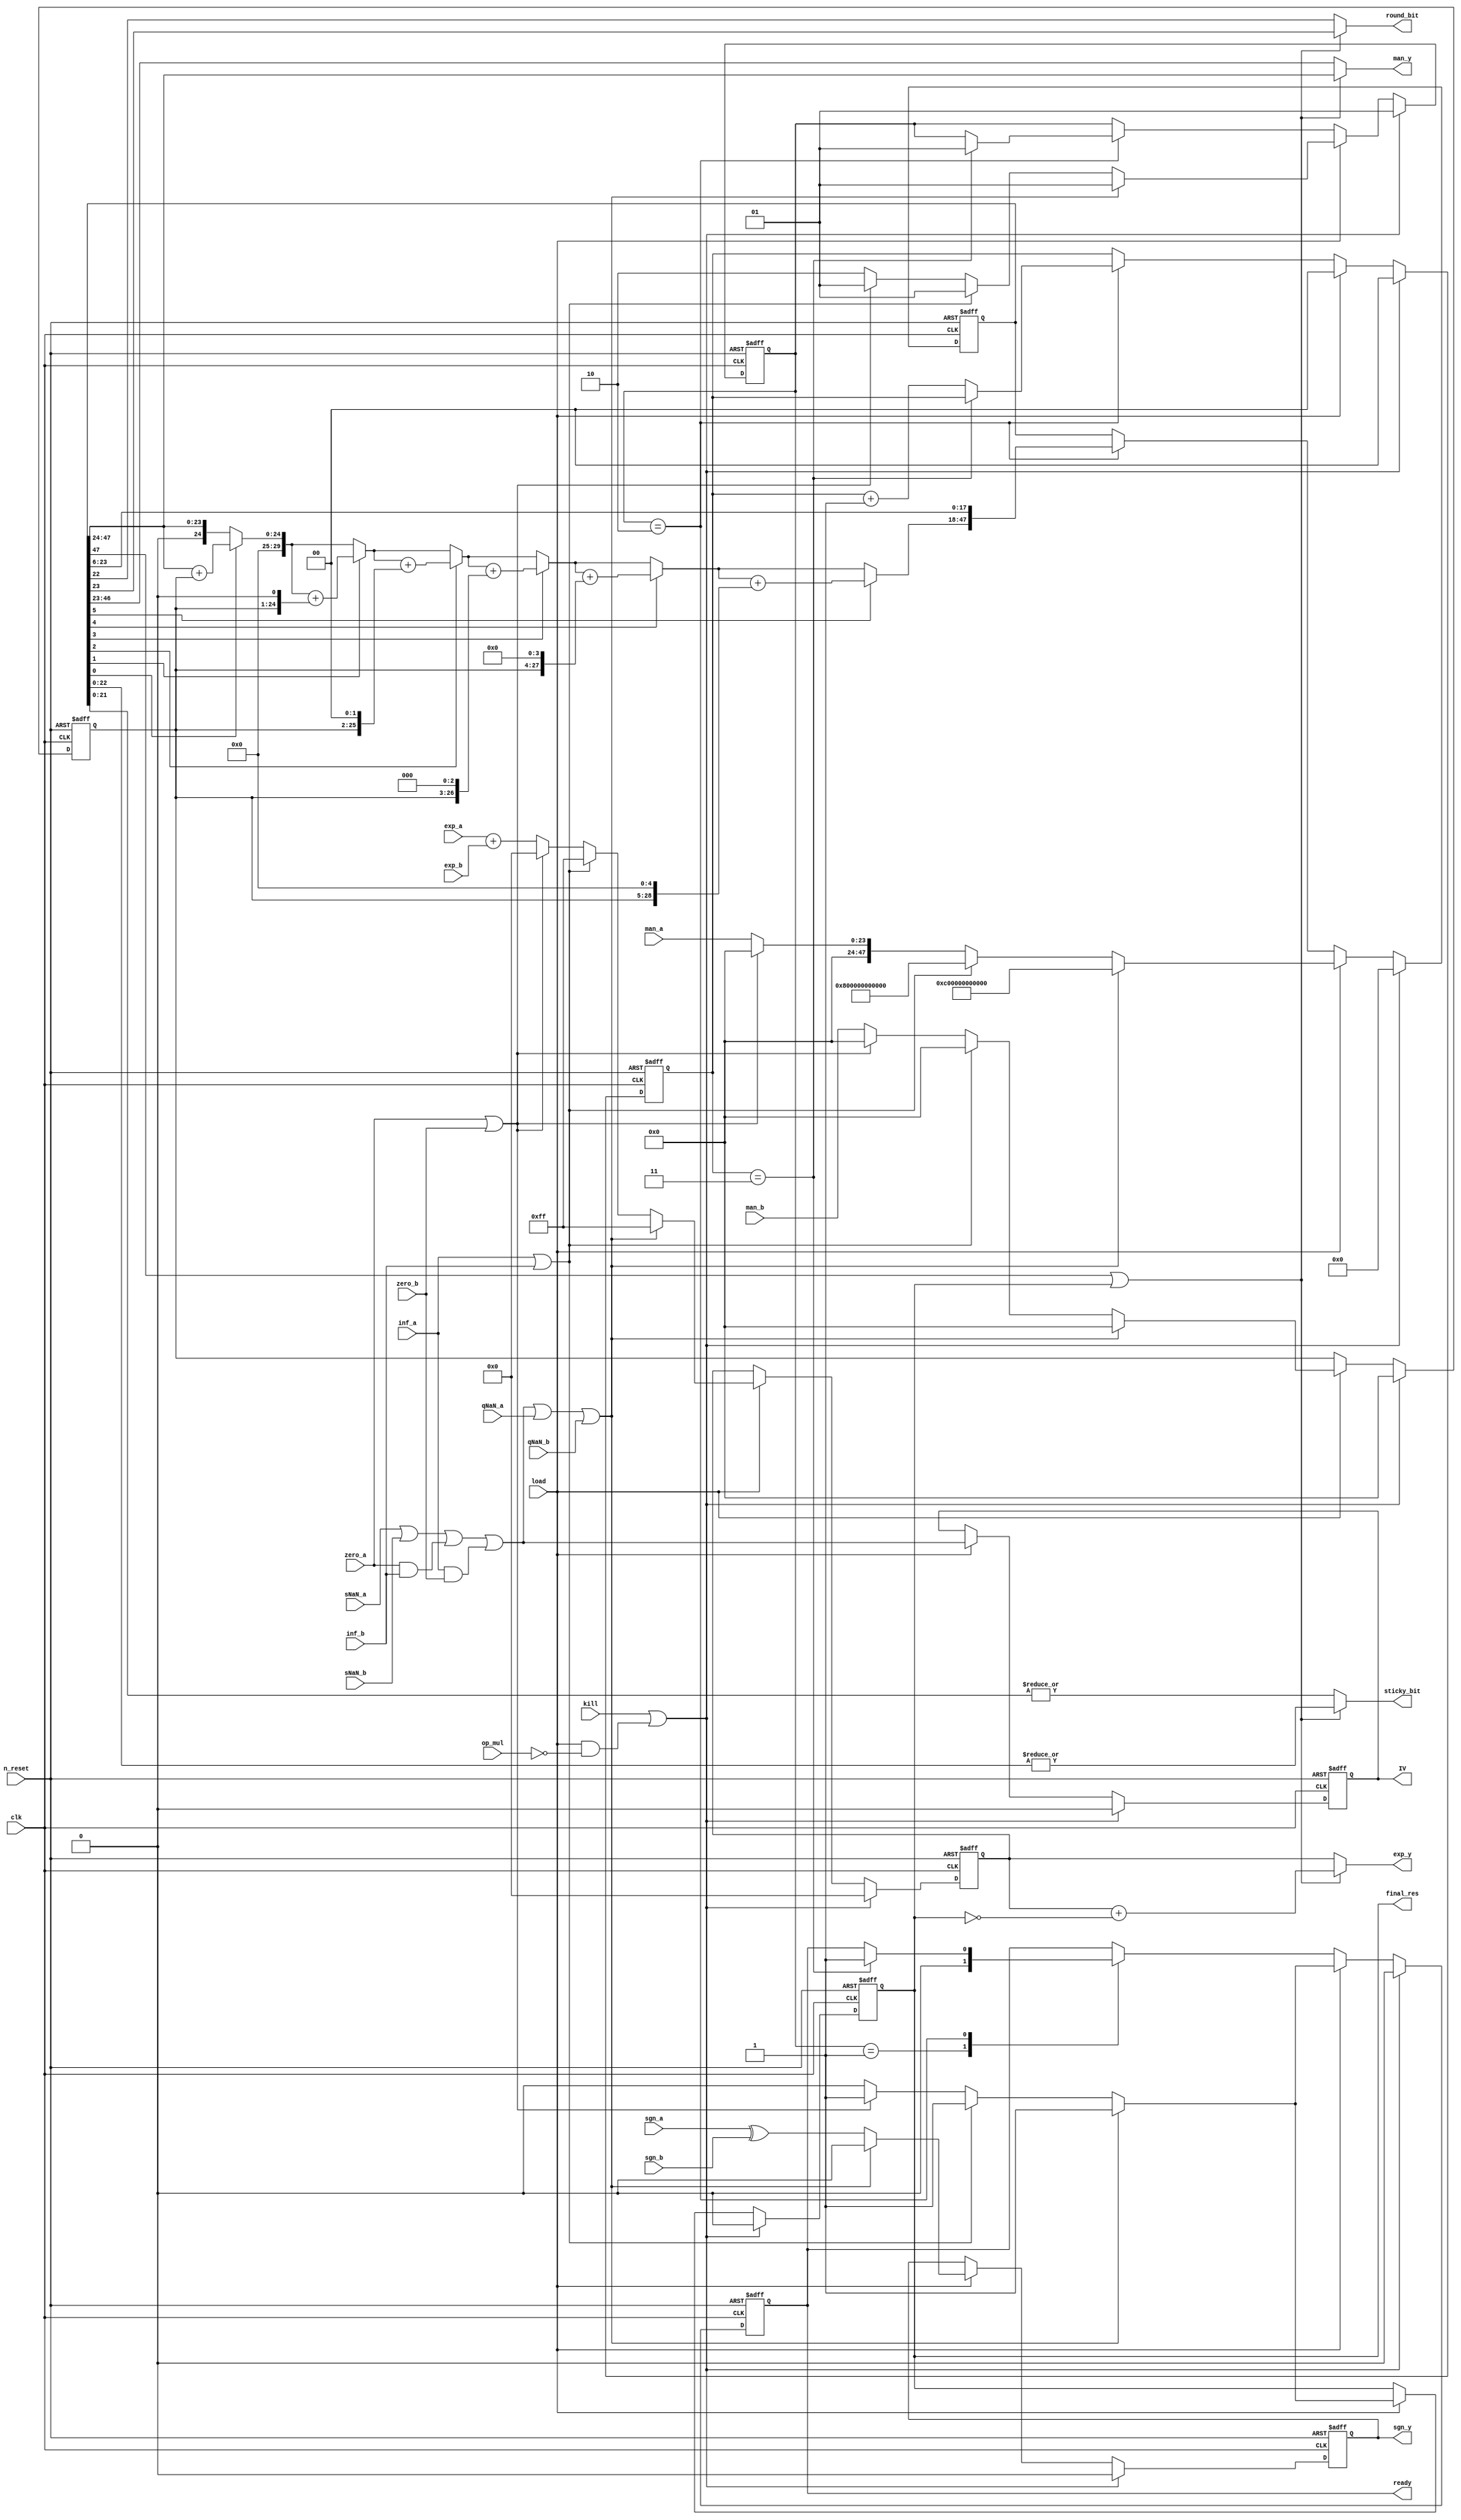
//
// Copyright 2022 FRAUNHOFER INSTITUTE OF MICROELECTRONIC CIRCUITS AND SYSTEMS (IMS), DUISBURG, GERMANY.
// --- All rights reserved --- 
// SPDX-License-Identifier: Apache-2.0 WITH SHL-2.1
// Licensed under the Solderpad Hardware License v 2.1 (the "License");
// you may not use this file except in compliance with the License, or, at your option, the Apache License version 2.0.
// You may obtain a copy of the License at
// https://solderpad.org/licenses/SHL-2.1/
// Unless required by applicable law or agreed to in writing, any work distributed under the License is distributed on an "AS IS" BASIS,
// WITHOUT WARRANTIES OR CONDITIONS OF ANY KIND, either express or implied.
// See the License for the specific language governing permissions and limitations under the License.
//

module airi5c_float_multiplier
(
    input               clk,
    input               n_reset,
    input               kill,
    input               load,

    input               op_mul,

    input       [23:0]  man_a,
    input       [9:0]   exp_a,
    input               sgn_a,
    input               zero_a,
    input               inf_a,
    input               sNaN_a,
    input               qNaN_a,

    input       [23:0]  man_b,
    input       [9:0]   exp_b,
    input               sgn_b,
    input               zero_b,
    input               inf_b,
    input               sNaN_b,
    input               qNaN_b,

    output  reg [23:0]  man_y,
    output  reg [9:0]   exp_y,
    output  reg         sgn_y,

    output  reg         round_bit,
    output  reg         sticky_bit,

    output  reg         IV,

    output  reg         final_res,
    output  reg         ready
);

    reg     [23:0]  reg_man_b;
    reg     [47:0]  reg_res;
    reg     [9:0]   reg_exp_y;
    reg             reg_sgn_y;
    reg     [1:0]   counter;

    wire            IV_int;

    reg     [29:0]  acc;
    integer         i;

    reg     [1:0]   state;

    localparam      IDLE    = 2'b01,
                    CALC    = 2'b10;

    assign          IV_int  = sNaN_a || sNaN_b || (zero_a && inf_b) || (inf_a && zero_b);

    always @(*) begin
        if (reg_res[47] || final_res) begin
            sgn_y       = reg_sgn_y;
            exp_y       = reg_exp_y + !final_res;
            man_y       = reg_res[47:24];
            round_bit   = reg_res[23];
            sticky_bit  = |reg_res[22:0];
        end

        else begin
            sgn_y       = reg_sgn_y;
            exp_y       = reg_exp_y;
            man_y       = reg_res[46:23];
            round_bit   = reg_res[22];
            sticky_bit  = |reg_res[21:0];
        end
    end

    always @(posedge clk, negedge n_reset) begin
        if (!n_reset) begin
            reg_man_b   <= 24'h000000;
            reg_res     <= 48'h000000000000;
            reg_exp_y   <= 10'h000;
            reg_sgn_y   <= 1'b0;
            IV          <= 1'b0;
            counter     <= 2'd0;
            final_res   <= 1'b0;
            state       <= IDLE;
            ready       <= 1'b0;
        end

        else if (kill || (load && !op_mul)) begin
            reg_man_b   <= 24'h000000;
            reg_res     <= 48'h000000000000;
            reg_exp_y   <= 10'h000;
            reg_sgn_y   <= 1'b0;
            IV          <= 1'b0;
            counter     <= 2'd0;
            final_res   <= 1'b0;
            state       <= IDLE;
            ready       <= 1'b0;
        end

        else if (load) begin
            IV          <= IV_int;
            counter     <= 2'd0;
            // NaN
            if (IV_int || qNaN_a || qNaN_b) begin
                reg_man_b   <= 24'h000000;
                reg_res     <= {24'hc00000, 24'h000000};
                reg_exp_y   <= 10'h0ff;
                reg_sgn_y   <= 1'b0;
                final_res   <= 1'b1;
                state       <= IDLE;
                ready       <= 1'b1;
            end
            // inf
            else if (inf_a || inf_b) begin
                reg_man_b   <= 24'h000000;
                reg_res     <= {24'h800000, 24'h000000};
                reg_exp_y   <= 10'h0ff;
                reg_sgn_y   <= sgn_a ^ sgn_b;
                final_res   <= 1'b1;
                state       <= IDLE;
                ready       <= 1'b1;
            end
            // zero
            else if (zero_a || zero_b) begin
                reg_man_b   <= 24'h000000;
                reg_res     <= {24'h000000, 24'h000000};
                reg_exp_y   <= 10'h000;
                reg_sgn_y   <= sgn_a ^ sgn_b;
                final_res   <= 1'b1;
                state       <= IDLE;
                ready       <= 1'b1;
            end

            else begin
                reg_man_b   <= man_b;
                reg_res     <= {24'h000000, man_a};
                reg_exp_y   <= exp_a + exp_b;
                reg_sgn_y   <= sgn_a ^ sgn_b;
                final_res   <= 1'b0;
                state       <= CALC;
                ready       <= 1'b0;
            end
        end

        else case (state)
            IDLE:   ready <= 1'b0;

            CALC:   begin
                        reg_res <= {acc, reg_res[23:6]};

                        if (counter == 2'd3) begin
                            state   <= IDLE;
                            ready   <= 1'b1;
                        end

                        else
                            counter <= counter + 2'd1;
                    end
        endcase
    end

    always @(*) begin
        acc = {6'b000000, reg_res[47:24]};

        for (i = 0; i < 6; i = i+1) begin
            if (reg_res[i])
                acc = acc + ({6'b000000, reg_man_b} << i);
        end
    end

endmodule